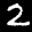
Label: 2